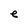
Character: e